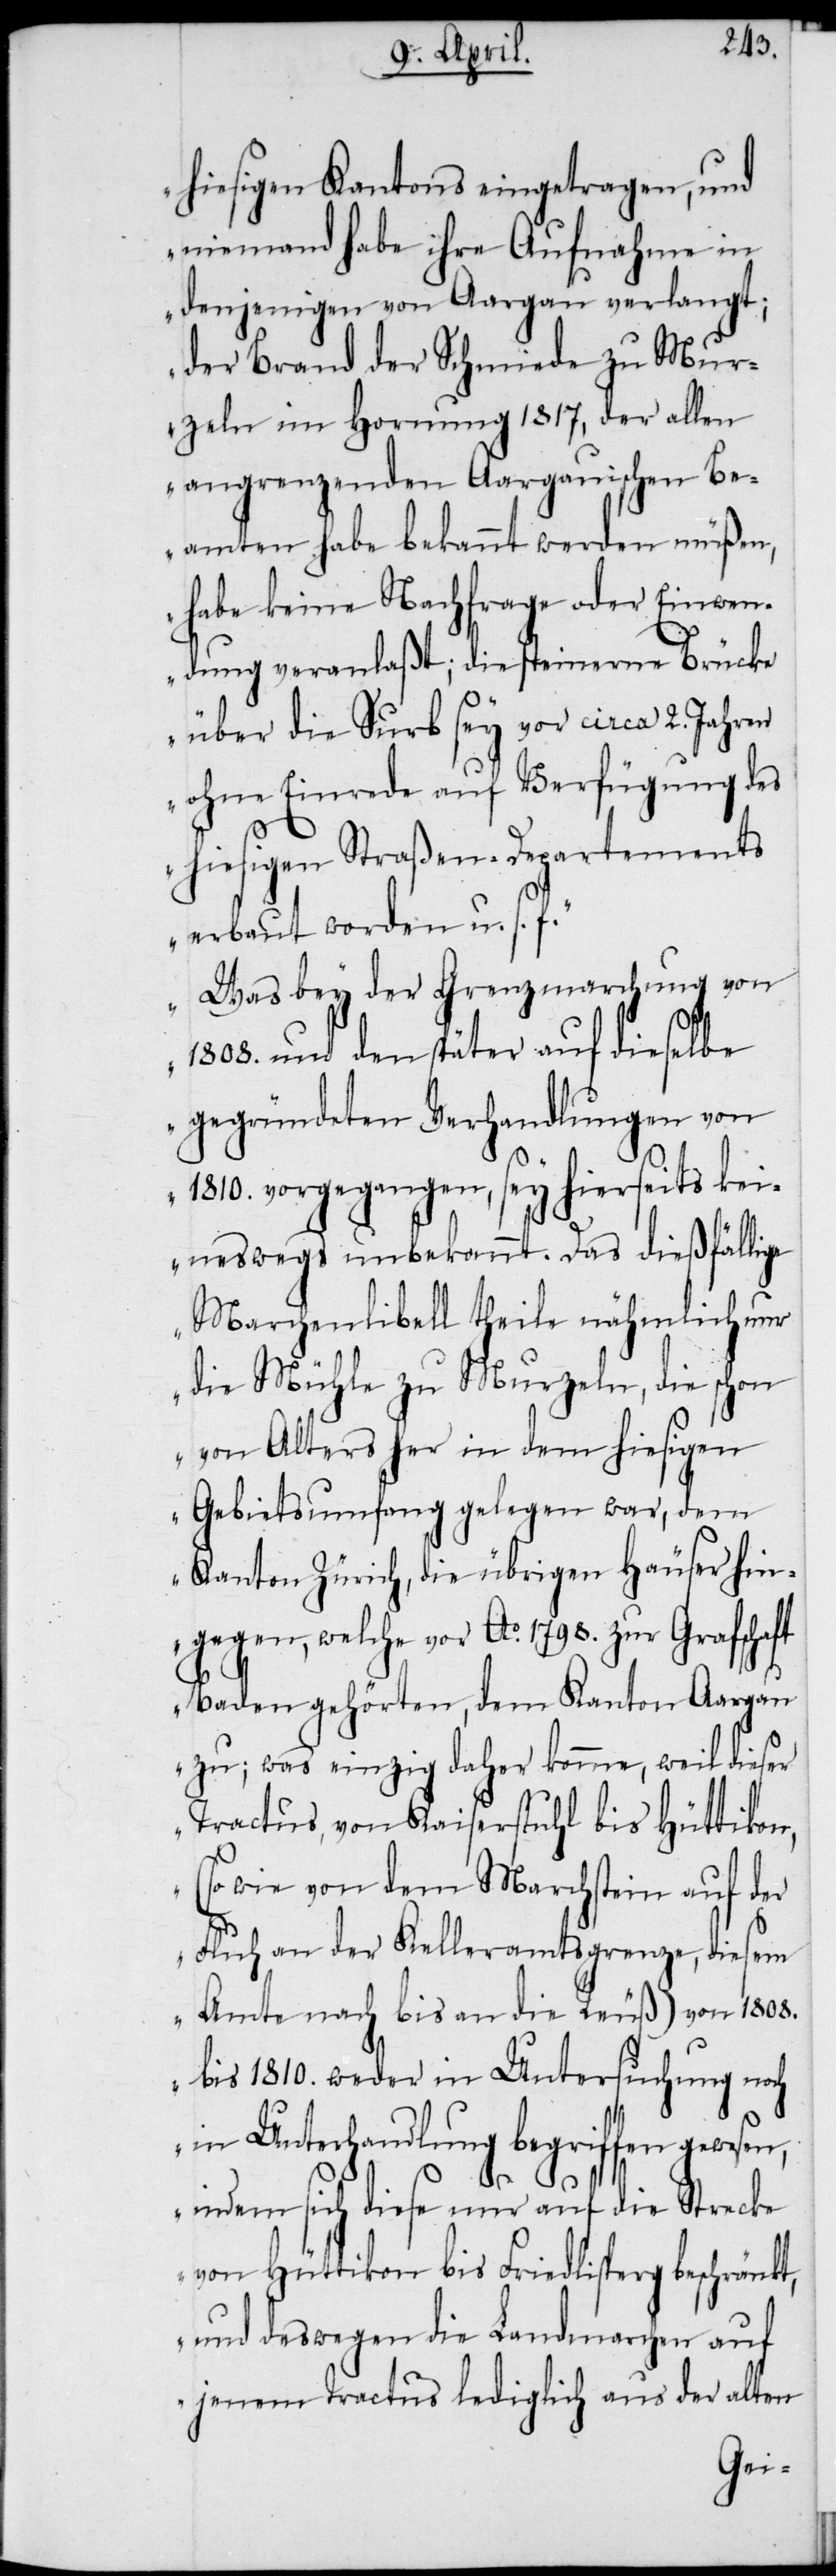
hiesigen Kantons eingetragen, und
niemand habe ihre Aufnahme in
denjenigen von Aargau verlangt;
der Brand der Schmiede zu Mur¬
zeln im Hornung 1817, der allen
angrenzenden Aargauischen Be¬
amten habe bekannt werden müßen,
habe keine Nachfrage oder Einwen¬
dung veranlaßt; die steinerne Brücke
über die Surb sey vor circa 2. Jahren
ohne Einrede auf Verfügung des
hiesigen Straßen-Departements
erbaut worden u. s. f.“
„Was bey der Grenzmarchung von
1808. und den später auf dieselbe
gegründeten Verhandlungen von
1810. vorgegangen, sey hierseits kei¬
neswegs unbekannt. Das dießfällige
Marchenlibell theile nähmlich nur
die Mühle zu Murzeln, die schon
von Alters her in dem hiesigen
Gebietsumfang gelegen war, dem
Kanton Zürich, die übrigen Häuser hin¬
gegen, welche vor Ao. 1798. zur Grafschaft
Baden gehörten, dem Kanton Aargau
zu; was einzig daher komme, weil dieser
Tractus, von Kaiserstuhl bis Hüttikon,
(so wie von dem Marchstein auf der
Fluh an der Kelleramtsgrenze, diesem
Amte nach bis an die Reuß) von 1808.
bis 1810. weder in Untersuchung noch
in Unterhandlung begriffen gewesen,
indem sich diese nur auf die Strecke
von Hüttikon bis Friedlisperg beschränkt,
und deswegen die Landmarchen auf
jenem Tractus lediglich aus der alten